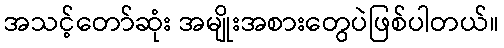
အသင့်တော်ဆုံး အမျိုးအစားတွေပဲဖြစ်ပါတယ်။